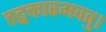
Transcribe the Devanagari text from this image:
तद्वक्तारमवतु।